Report of the Bombay Plague Committee
Disease focus: Plague
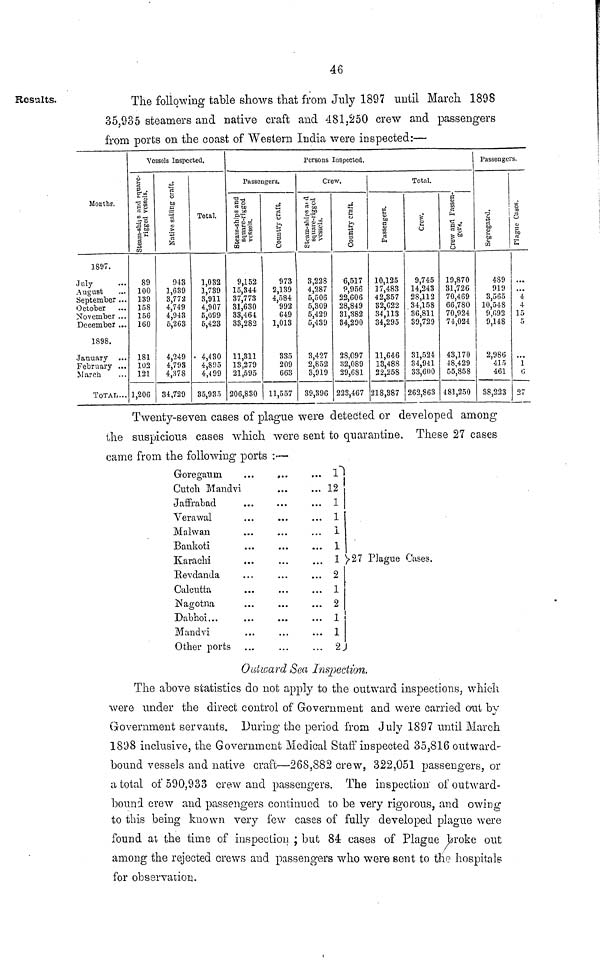
46
Results.
The following table shows that from July 1897 until March 1898
35,935 steamers and native craft and 481,250 crew and passengers
from ports on the coast of Western India were inspected:—
Months.
1897.
July
August
September
October
November
December
1898.
January ...
February ...
March
TOTAL...
Vessels Inspected.
Steam-ships and square1,
rigged vessels.
89
100
189
158
156
160
181
102
121
1,206
Native sailing craft.
043
1,639
3,772
4,749
4,943
5,263
4,249
4,793
4,878
34,729
Total.
1,032
1,739
3,911
4,907
5,099
5,423
4,430
4,895
4,499
35,935
Persons Inspected.
Passengers.
Steam-ships
and sqare- rigged vessels.
9,152
15,344
37,773
31,630
33,464
33,282
11,311
13,279
21,595
206,830
Country craft.
973
2,139
4,584
992
649
1,013
335
209
663
11,557
Crew.
Steam- ships and
square-rigged vessels.
3,228
4,287
5,506
5,309
5,429
5,439
3,427
2,852
3,919
39,396
Country craft.
6,517
9,956
22,606
28,849
31,382
34,290
28.097
82,089
29,681
223,467
Passengers.
10,125
17,483
42,357
32,622
34,113
34,295
11,646
13,488
22,258
218,387
Total.
I
9,745
14,243
28,112
34,158
30,811
39,729
31,524
34,941
33,600
263,863
Crew and
Passengers.
19,870
31,726
70,469
66,780
70,924
74,024
43,170
48,429
55,858
481,250
Passengers.
Segregated.
489
919
3,565
10,548
9,692
9,148
2,986
415
461
38,223
Plague cases.
...
...
4
4
15
5
...
1
6
27
Twenty-seven cases of plague were detected or developed among
the suspicious cases which were sent to quarantine. These 27 cases
came from the following ports :—
Goregaum
...
...
... 1
Cutch Mandvi
12
Jaffrabad
...
...
... 1
Verawal
...
...
.. 1
Malwan
...
...
... 1
Baukoti
...
...
... 1
Karachi
...
...
... 1
Revdanda
...
...
... 2
Calcutta
1
Nagotna
...
...
... 2
Dabhoi
1
Mandvi
...
1
Other ports ...
...
... 2
27 Plague Cases.
Outward Sea Inspection.
The above statistics do not apply to the outward inspections, which
were under the direct control of Government and were carried out by
Government servants. During the period from July 1897 until March
1898 inclusive, the Government Medical Staff inspected 35,816 outward-
bound vessels and native craft—268,882 crew, 322,051 passengers, or
a total of 590,933 crew and passengers. The inspection of outward-
bound crew and passengers continued to be very rigorous, and owing
to this being known very few eases of fully developed plague were
found at the time of inspection ; but 84 cases of Plague broke out
among the rejected crews and passengers who were sent to the hospitals
for observation.